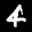
Label: 4